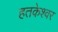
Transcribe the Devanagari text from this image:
हतकेश्वर